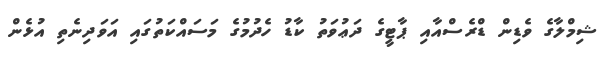
ޝިމްލާގެ ވެޑިން ޑްރެސްއާއި ޕާޓީގެ ދަޢުވަތު ކާޑު ހެދުމުގެ މަސައްކަތުގައި އަވަދިނެތި އުޅެން